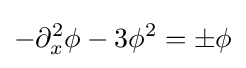
-\partial _{x}^{2}\phi -3\phi ^{2}=\pm \phi